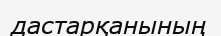
дастарқанының